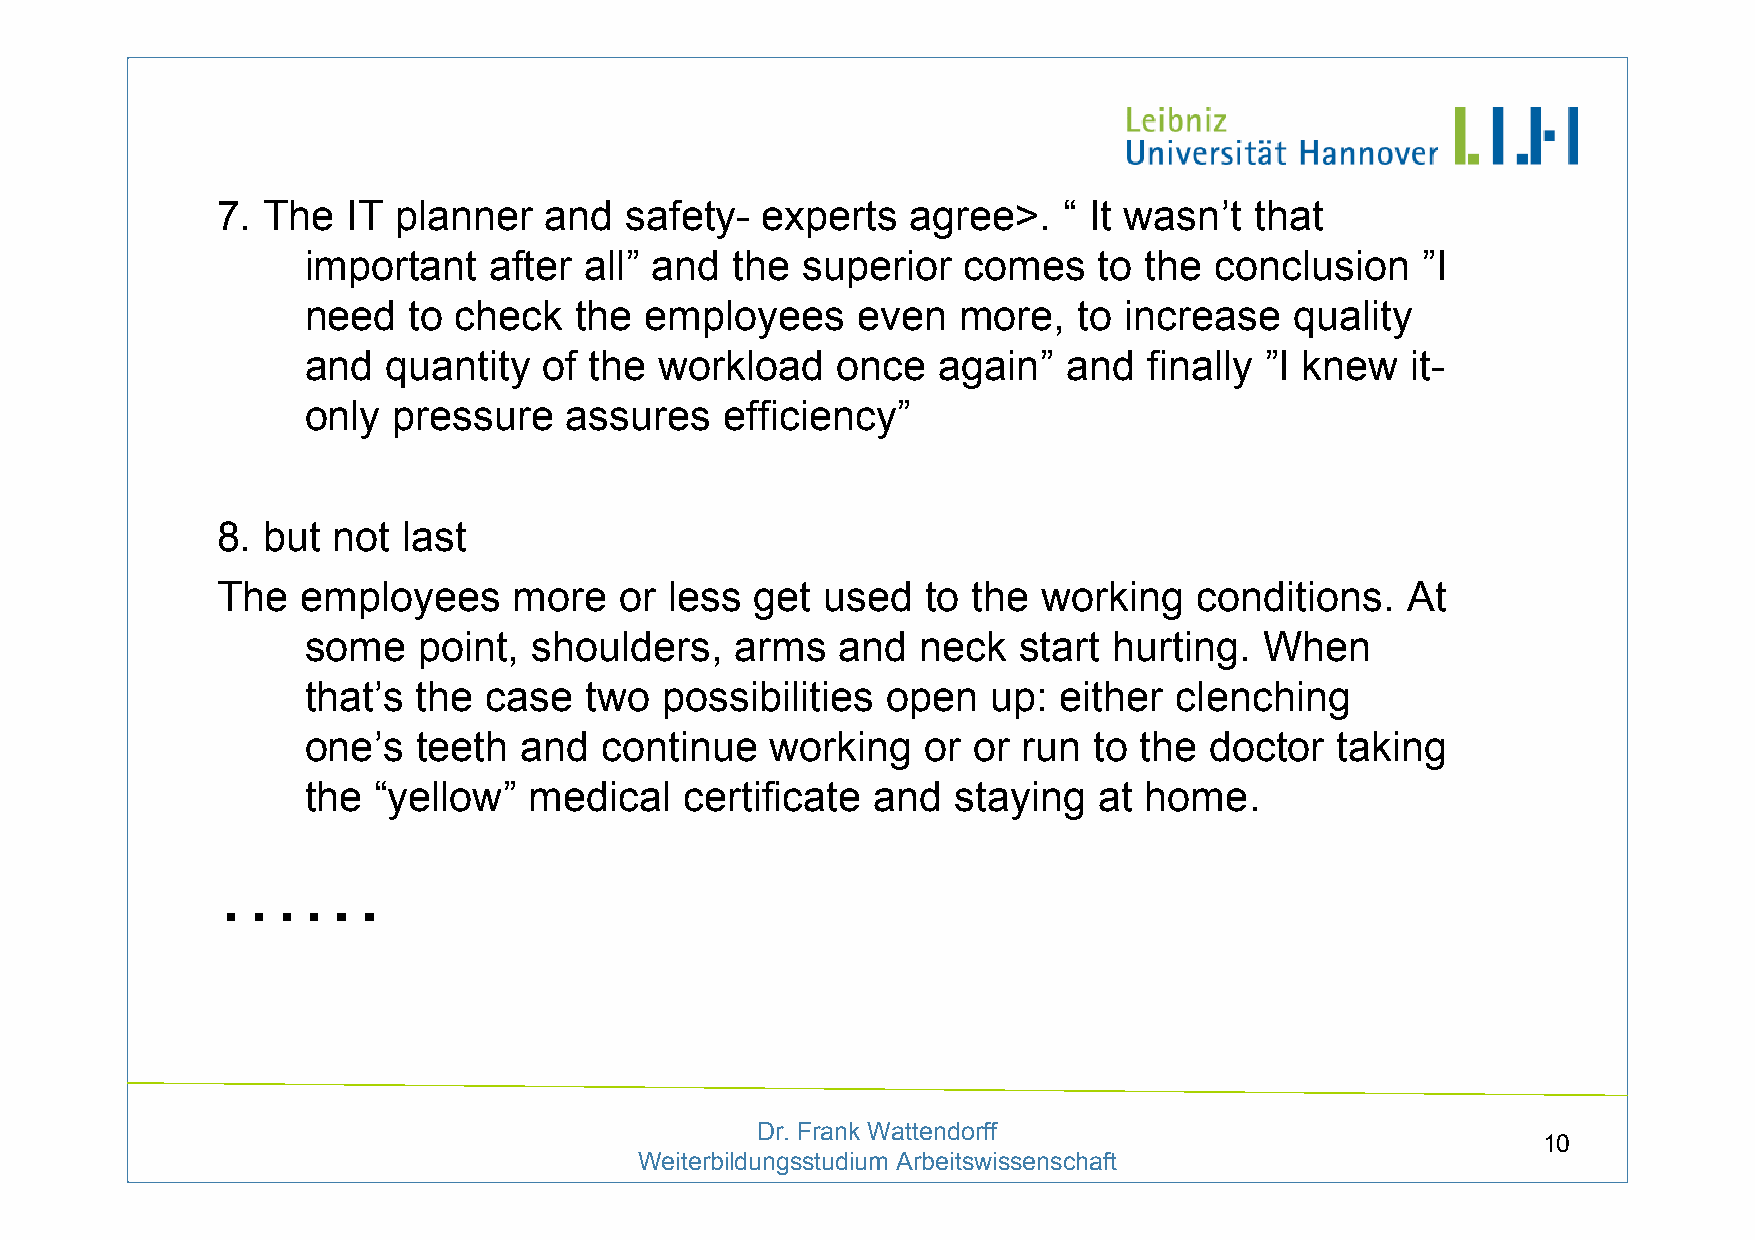
7. The   IT planner   and  safety-  experts   agree>.   “ It wasn’t  that
 important   after  all” and the  superior   comes    to the conclusion    ”I
 need   to check   the  employees     even   more,  to increase    quality
 and   quantity  of the  workload   once   again”   and  finally ”I knew  it-
 only  pressure   assures    efficiency”
 8. but  not  last
 The   employees     more   or less  get  used  to the  working   conditions.   At
 some    point, shoulders,    arms   and  neck  start  hurting.  When
 that’s  the case   two  possibilities  open   up: either  clenching
 one’s   teeth and   continue   working   or or  run to the  doctor  taking
 the  “yellow”  medical   certificate  and  staying   at home.
 ……
 Dr. Frank Wattendorff
 10
 Weiterbildungsstudium Arbeitswissenschaft